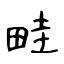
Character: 畦